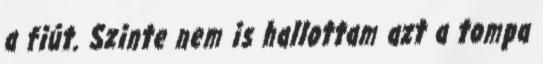
a fiút. Szinte nem is hallottam azt a tompa